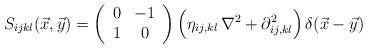
\begin{align*}S_{ijkl}(\vec x,\vec y)=\left(\begin{array}{cc}0&-1\\1&0\end{array}\right)\Bigl(\eta_{ij,kl}\,\nabla^2+\partial^2_{ij,kl}\Bigr)\,\delta(\vec x-\vec y)\end{align*}